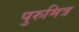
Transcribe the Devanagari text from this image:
पुरुमित्र